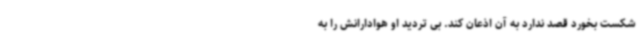
شکست بخورد قصد ندارد به آن اذعان کند. بی تردید او هوادارانش را به